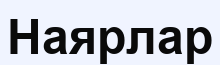
Наярлар